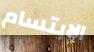
الابتسام